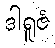
ဒါရူဇံ